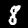
Digit: 8